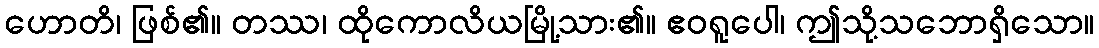
ဟောတိ၊ ဖြစ်၏။ တဿ၊ ထိုကောလိယမြို့သား၏။ ဧဝရူပေါ၊ ဤသို့သဘောရှိသော။